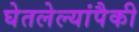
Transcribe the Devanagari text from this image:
घेतलेल्यांपैकी